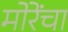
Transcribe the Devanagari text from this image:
मोरेंचा